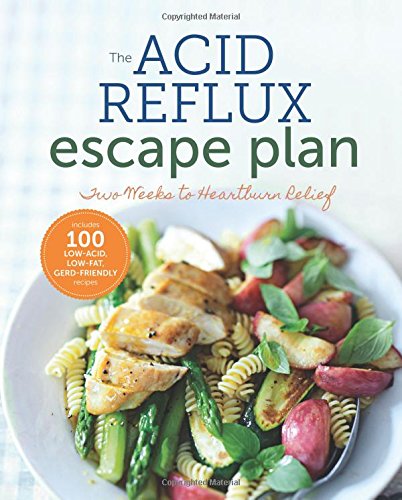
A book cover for The Acid Reflux Escape Plan: Two Weeks to Heartburn Relief; Sonoma Press; Health, Fitness & Dieting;